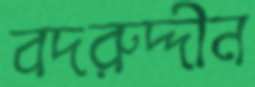
বদরুদ্দীন